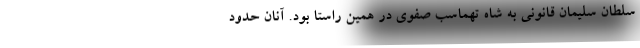
سلطان سلیمان قانونی به شاه تهماسب صفوی در همین راستا بود. آنان حدود